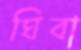
ঘিবা